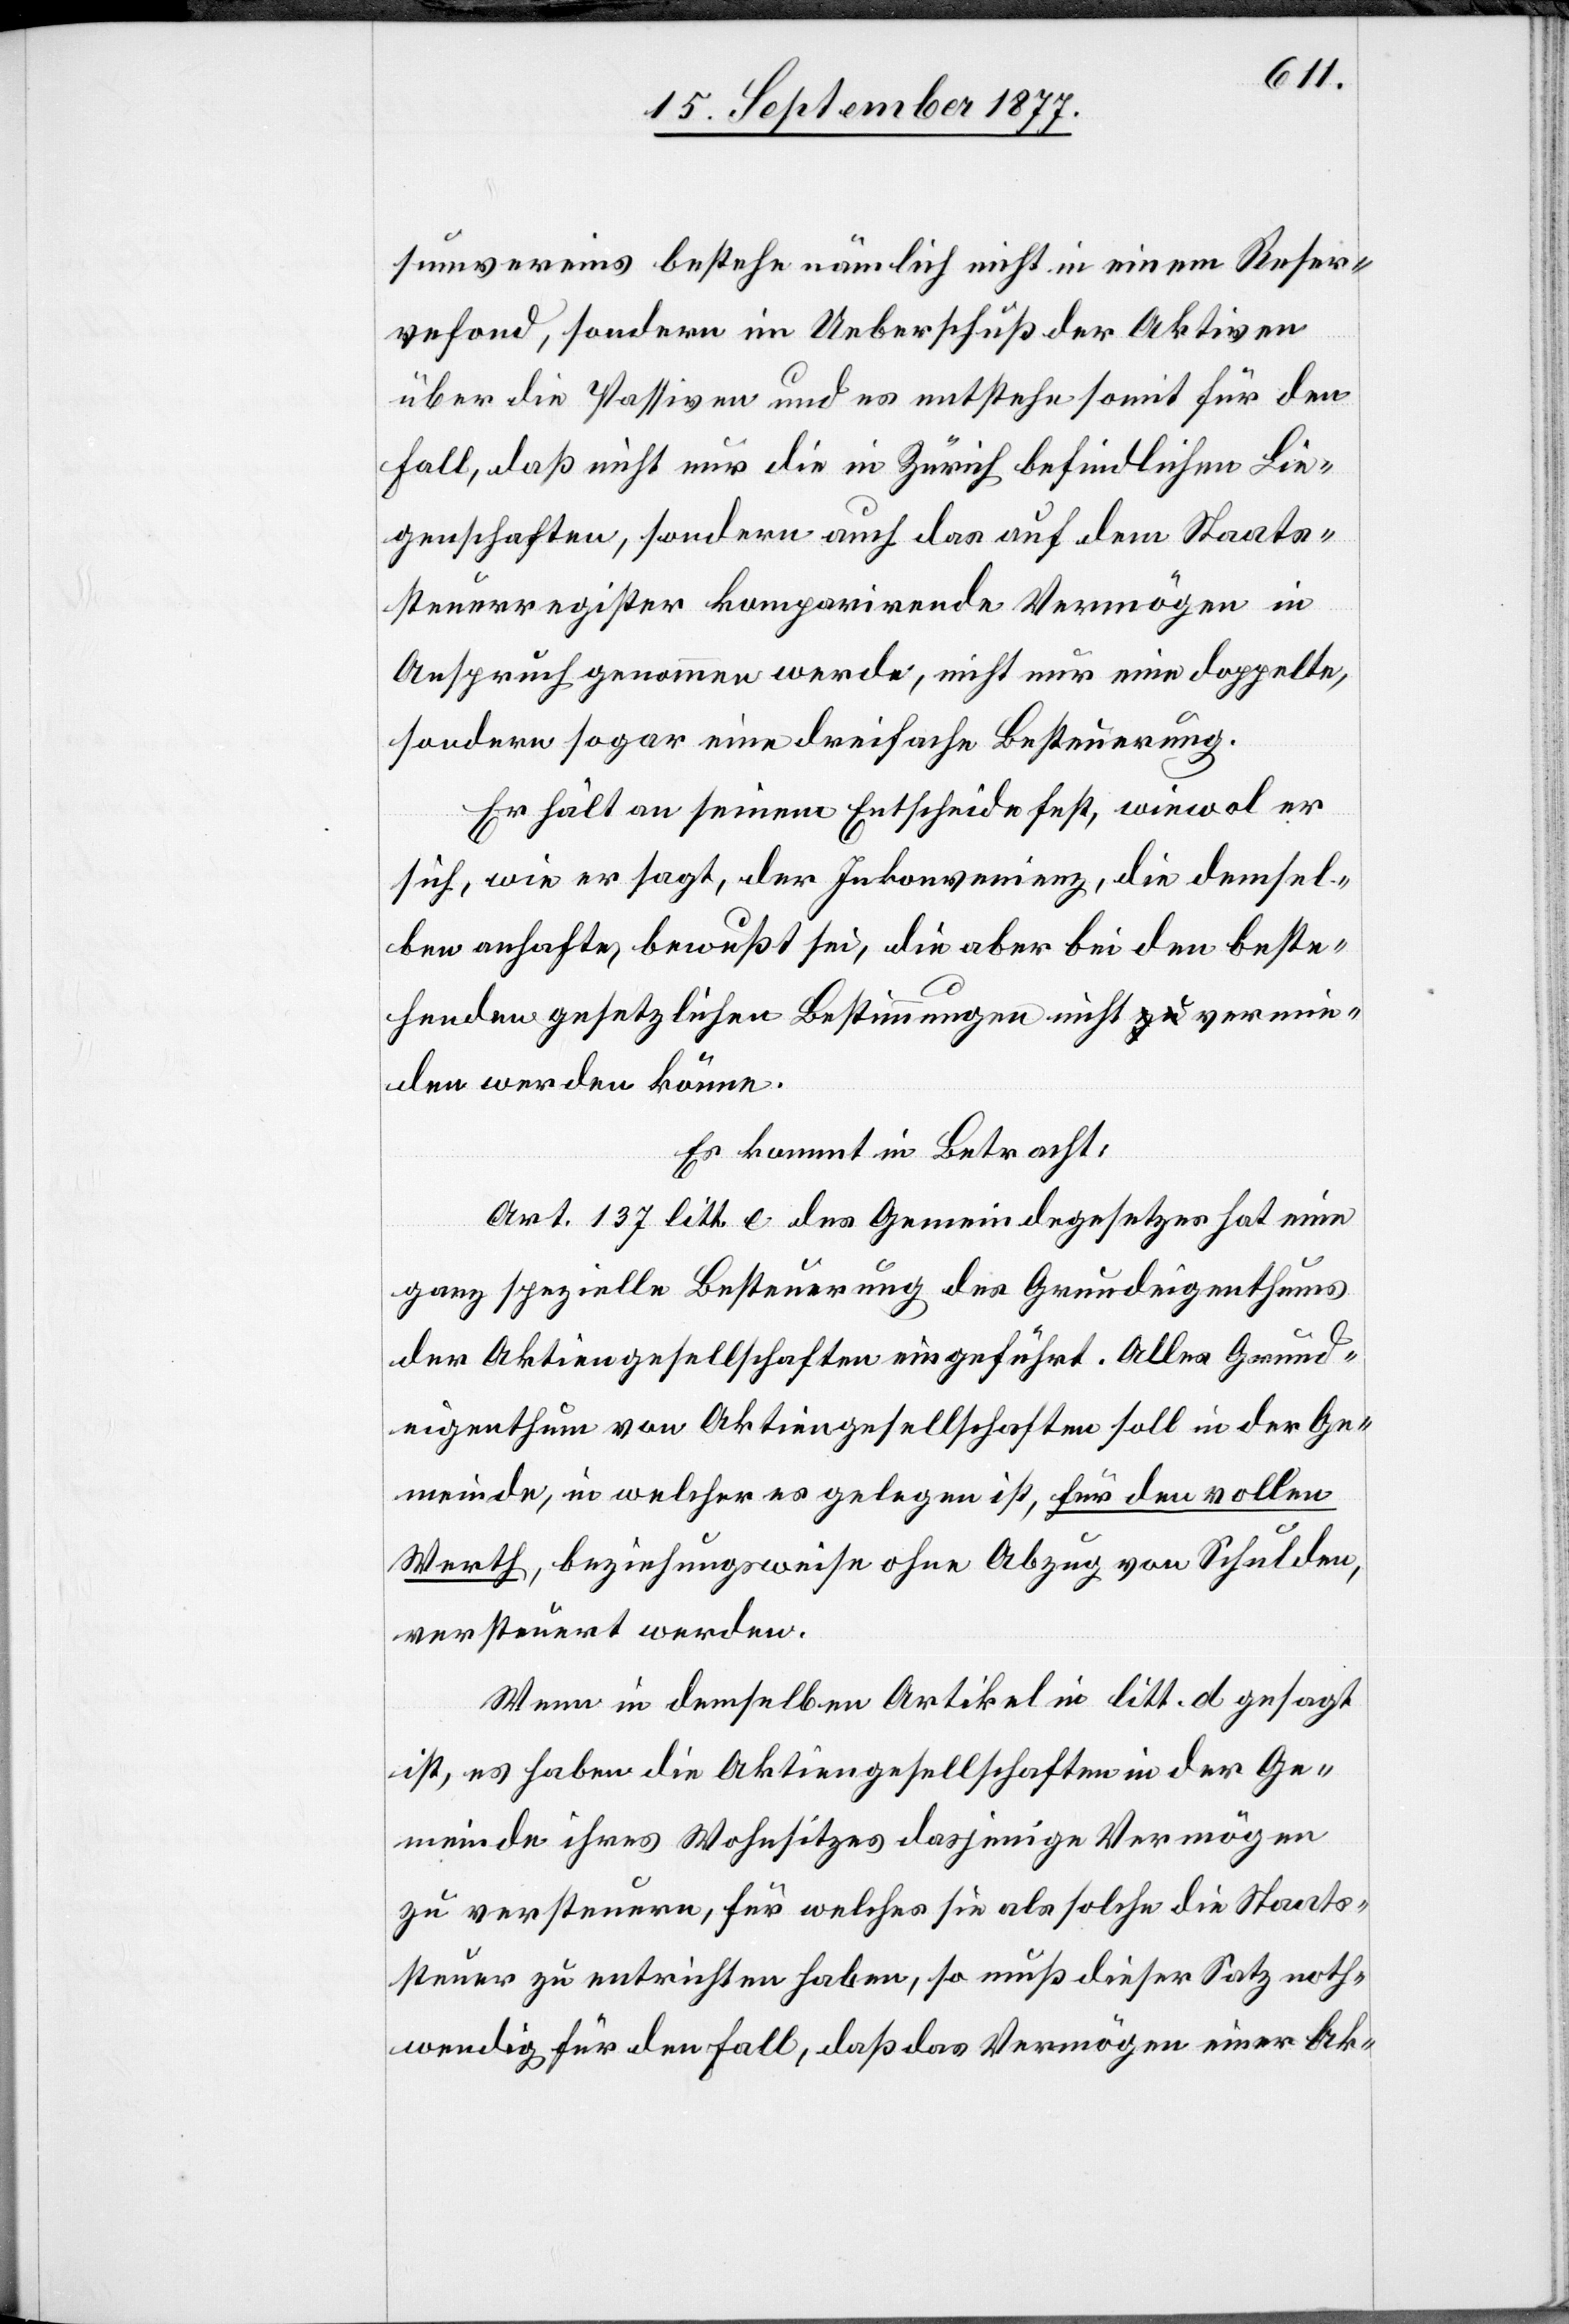
sumvereins bestehe nämlich nicht in einem Reser¬
vefond, sondern im Ueberschuß der Aktiven
über die Passiven und es entstehe somit für den
Fall, daß nicht nur die in Zürich befindlichen Lie¬
genschaften, sondern auch das auf dem Staats¬
steuerregister komparirende Vermögen in
Anspruch genommen werde, nicht nur eine doppelte,
sondern sogar eine dreifache Besteuerung.
Er hält an seinem Entscheide fest, wiewol er
sich, wie er sagt, der Inkonvenienz, die demsel¬
ben anhafte, bewußt sei, die aber bei den beste¬
henden gesetzlichen Bestimmungen nicht a-zu-a vermie¬
den werden könne.
Es kommt in Betracht:
Art. 137 litt. e des Gemeindegesetzes hat eine
ganz spezielle Besteuerung des Grundeigenthums
der Aktiengesellschaften eingeführt. Alles Grund¬
eigenthum von Aktiengesellschaften soll in der Ge¬
meinde, in welcher es gelegen ist, für den vollen
Werth, beziehungsweise ohne Abzug von Schulden,
versteuert werden.
Wenn in demselben Artikel in litt. d gesagt
ist, es haben die Aktiengesellschaften in der Ge¬
meinde ihres Wohnsitzes dasjenige Vermögen
zu versteuern, für welches sie als solche die Staats¬
steuer zu entrichten haben, so muß dieser Satz noth¬
wendig für den Fall, daß das Vermögen einer Ak-